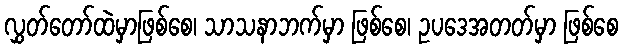
လွှတ်တော်ထဲမှာဖြစ်စေ၊ သာသနာဘက်မှာ ဖြစ်စေ၊ ဥပဒေအတတ်မှာ ဖြစ်စေ